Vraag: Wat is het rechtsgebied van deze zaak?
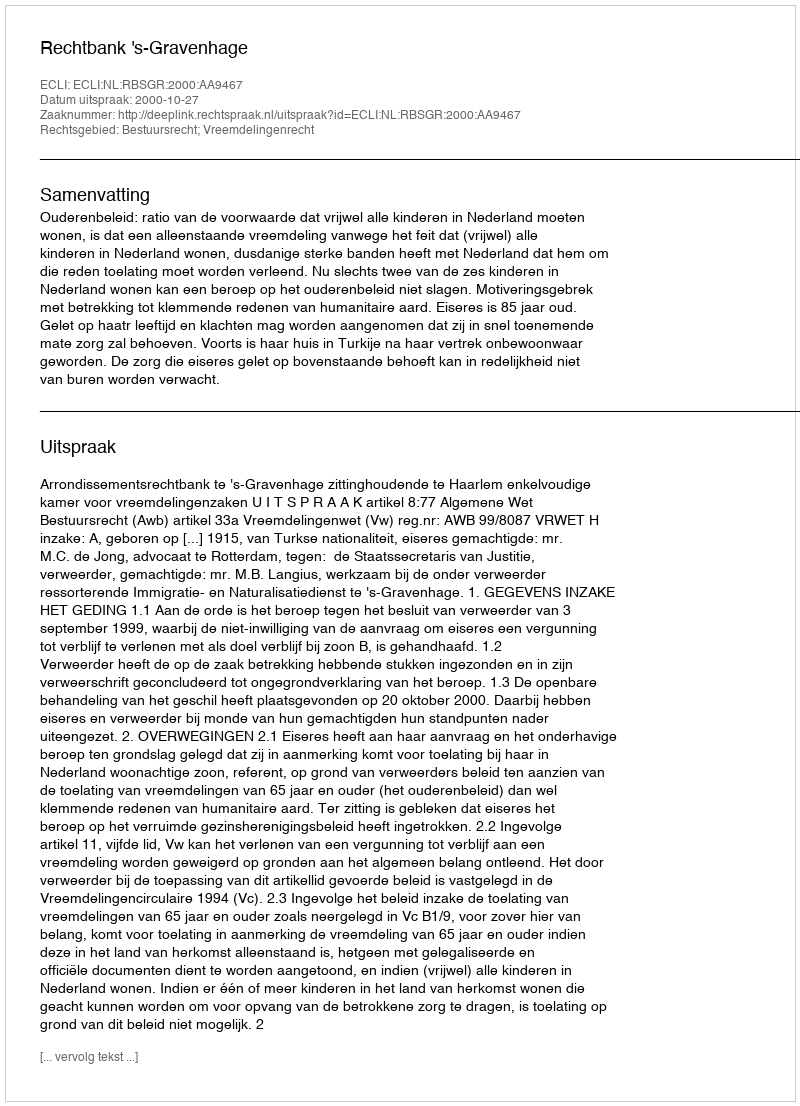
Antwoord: Bestuursrecht; Vreemdelingenrecht